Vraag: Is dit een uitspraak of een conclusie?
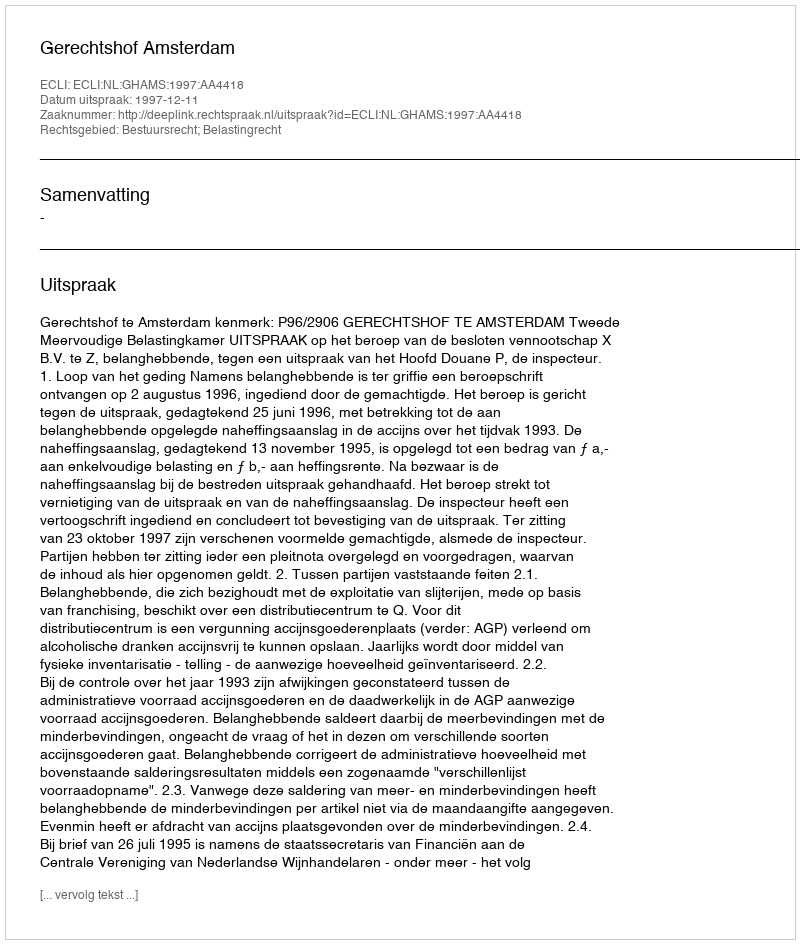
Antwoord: Uitspraak